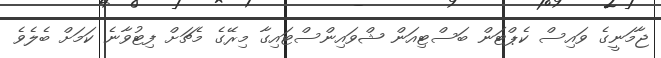
ޖާމަނީގެ ވައިސް ކެޕްޓަން ބަސްޓިއަން ޝްވައިންސްޓައިގާ މިރޭގެ މެޗަށް ފިޓުވާނެ ކަމަށް ބެލެވެ